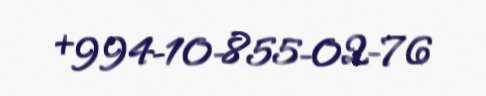
+994-10-855-02-76